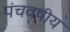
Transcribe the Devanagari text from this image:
पंचवषीय